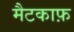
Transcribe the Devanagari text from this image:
मैटकाफ़